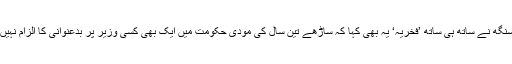
راجناتھ سنگھ نے ساتھ ہی ساتھ ’فخریہ‘ یہ بھی کہا کہ ساڑھے تین سال کی مودی حکومت میں ایک بھی کسی وزیر پر بدعنوانی کا الزام نہیں لگا ہے۔